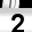
Digit: 2